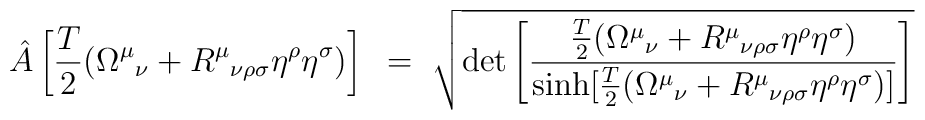
{\hat A} \left[ {T \over 2} ({\Omega^{\mu}}_{\nu} +{R^{\mu}}_{\nu\rho\sigma}\eta^\rho\eta^\sigma ) \right] ~=~\sqrt{ \det \left[ { \frac{T}{2} ({\Omega^{\mu}}_{\nu} +{R^{\mu}}_{\nu\rho\sigma}\eta^\rho\eta^\sigma) \over\sinh [ \frac{T}{2} ({\Omega^{\mu}}_{\nu} +{R^{\mu}}_{\nu\rho\sigma}\eta^\rho\eta^\sigma) ] } \right] }